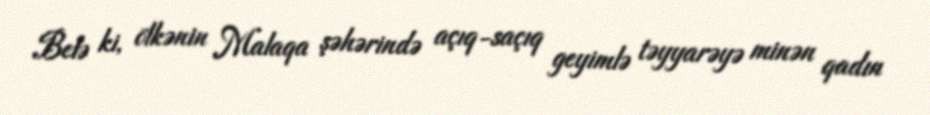
Belə ki, ölkənin Malaqa şəhərində açıq-saçıq geyimlə təyyarəyə minən qadın